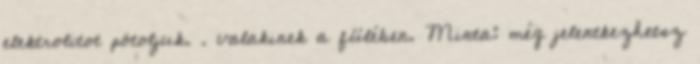
elektrolitot pótoljuk. . valakinek a fülében. Minta: még jelentkezhetsz